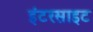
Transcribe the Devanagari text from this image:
इंटरसाइट